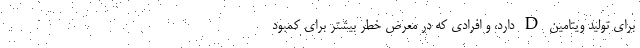
برای تولید ویتامین D دارد، و افرادی که در معرض خطر بیشتر برای کمبود